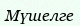
Мүшелге